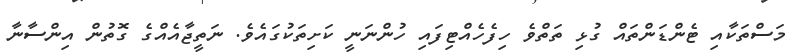
މަސްތަކާއި ޓެންޑަންތައް ގުޅި ތަތްވެ ހިފެހެއްޓިފައި ހުންނަނީ ކަށިތަކުގައެވެ. ނަތީޖާއެއްގެ ގޮތުން އިންސާނާ